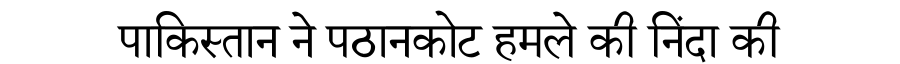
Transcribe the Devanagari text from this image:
पाकिस्तान ने पठानकोट हमले की निंदा की